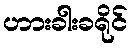
ဟားခါးခရိုင်